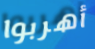
أهربوا